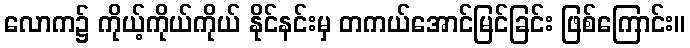
လောက၌ ကိုယ့်ကိုယ်ကိုယ် နိုင်နင်းမှ တကယ်အောင်မြင်ခြင်း ဖြစ်ကြောင်း။